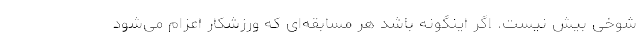
شوخی بیش نیست. اگر اینگونه باشد هر مسابقه‌ای که ورزشکار اعزام می‌شود